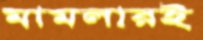
মামলারই